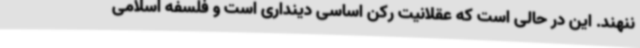
ننهند. این در حالی است که عقلانیت رکن اساسی دینداری است و فلسفه اسلامی